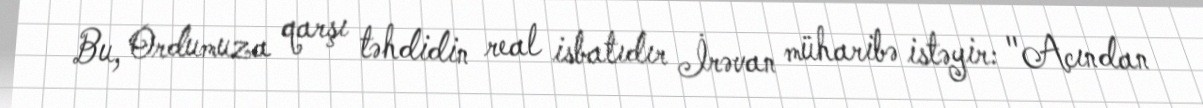
Bu, Ordumuza qarşı təhdidin real isbatıdır İrəvan müharibə istəyir: "Acından